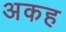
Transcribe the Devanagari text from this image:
अकह